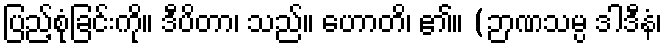
ပြည့်စုံခြင်းကို။ ဒီပိတာ၊ သည်။ ဟောတိ၊ ၏။ (ဉာဏသမ္ပ ဒါဒီနံ၊